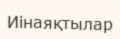
Иінаяқтылар